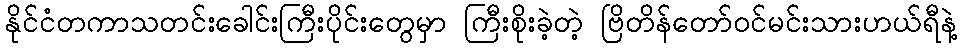
နိုင်ငံတကာသတင်းခေါင်းကြီးပိုင်းတွေမှာ ကြီးစိုးခဲ့တဲ့ ဗြိတိန်တော်ဝင်မင်းသားဟယ်ရီနဲ့